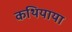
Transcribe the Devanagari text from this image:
कथियाया